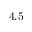
4 . 5